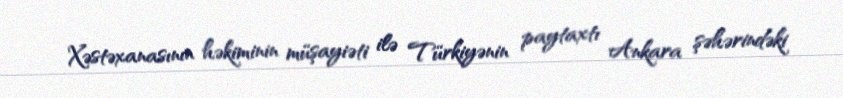
Xəstəxanasının həkiminin müşayiəti ilə Türkiyənin paytaxtı Ankara şəhərindəki